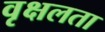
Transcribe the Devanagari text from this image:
वृक्षलता